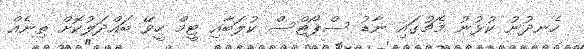
ހެނދުނު ކުޅުނު މެޗުގައި ނާޑު ސްޕޯޓްސް ކުލަބާއި ޓީމް ހީވޭ ބައްދަލުކޮށް ތިނެއް